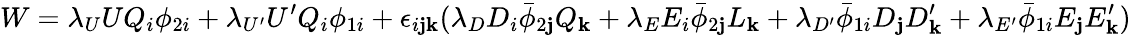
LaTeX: W=\lambda_{U}UQ_{i}\phi_{2i}+\lambda_{U^{\prime}}U^{\prime}Q_{i}\phi_{1i}+\epsilon_{i\mathbf{j}\mathbf{k}}(\lambda_{D}D_{i}\bar{{\phi}}_{2\mathbf{j}}Q_{\mathbf{k}}+\lambda_{E}E_{i}\bar{{\phi}}_{2\mathbf{j}}L_{\mathbf{k}}+\lambda_{D^{\prime}}\bar{{\phi}}_{1i}D_{\mathbf{j}}D_{\mathbf{k}}^{\prime}+\lambda_{E^{\prime}}\bar{{\phi}}_{1i}E_{\mathbf{j}}E_{\mathbf{k}}^{\prime})